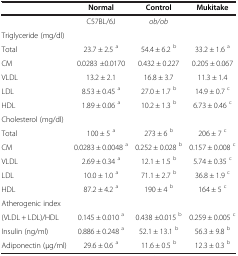
|  | Normal | Control | Mukitake |
 | --- | --- | --- | --- |
 |  | C57BL/6J | ob/ob |  |
 | Triglyceride (mg/dl) |  |  |  |
 | Total | 23.7 ± 2.5 a | 54.4 ± 6.2 b | 33.2 ± 1.6 a |
 | CM | 0.0283 ±0.0170 | 0.432 ± 0.227 | 0.205 ± 0.067 |
 | VLDL | 13.2 ± 2.1 | 16.8 ± 3.7 | 11.3 ± 1.4 |
 | LDL | 8.53 ± 0.45 a | 27.0 ± 1.7 b | 14.9 ± 0.7 c |
 | HDL | 1.89 ± 0.06 a | 10.2 ± 1.3 b | 6.73 ± 0.46 c |
 | Cholesterol (mg/dl) |  |  |  |
 | Total | 100 ± 5 a | 273 ± 6 b | 206 ± 7 c |
 | CM | 0.0283 ± 0.0048 a | 0.252 ± 0.028 b | 0.157 ± 0.008 c |
 | VLDL | 2.69 ± 0.34 a | 12.1 ± 1.5 b | 5.74 ± 0.35 c |
 | LDL | 10.0 ± 1.0 a | 71.1 ± 2.7 b | 36.8 ± 1.9 c |
 | HDL | 87.2 ± 4.2 a | 190 ± 4 b | 164 ± 5 c |
 | Atherogenic index |  |  |  |
 | (VLDL + LDL)/HDL | 0.145 ± 0.010 a | 0.438 ±0.015 b | 0.259 ± 0.005 c |
 | Insulin (ng/ml) | 0.886 ± 0.248 a | 52.1 ± 13.1 b | 56.3 ± 9.8 b |
 | Adiponectin (μg/ml) | 29.6 ± 0.6 a | 11.6 ± 0.5 b | 12.3 ± 0.3 b |